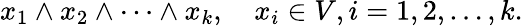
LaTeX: x_{1}\wedge x_{2}\wedge\cdots\wedge x_{k},\quad x_{i}\in V,i=1,2,\ldots,k.